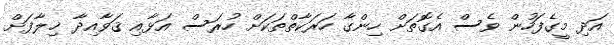
އަދި މީގެފަހުން ވެސް އެގޮތަށް ހިންގާ ހަރަކާތްތަކަށް ހުރަސް އަޅާއި ޤަވާއިދާ ޚިލާފަށް